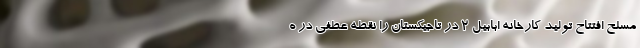
مسلح افتتاح تولید کارخانه ابابیل ۲ در تاجیکستان را نقطه عطفی در ه